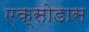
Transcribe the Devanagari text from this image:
एक्सोडास